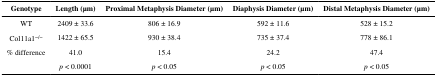
<table><thead><tr><td><b>Genotype</b></td><td><b>Length (μm)</b></td><td><b>Proximal Metaphysis Diameter (μm)</b></td><td><b>Diaphysis Diameter (μm)</b></td><td><b>Distal Metaphysis Diameter (μm)</b></td></tr></thead><tbody><tr><td>WT</td><td>2409 ± 33.6</td><td>806 ± 16.9</td><td>592 ± 11.6</td><td>528 ± 15.2</td></tr><tr><td>Col11a1<sup>−/−</sup></td><td>1422 ± 65.5</td><td>930 ± 38.4</td><td>735 ± 37.4</td><td>778 ± 86.1</td></tr><tr><td>% difference</td><td>41.0</td><td>15.4</td><td>24.2</td><td>47.4</td></tr><tr><td>[EMPTY_CELL]</td><td><i>p</i> &lt; 0.0001</td><td><i>p</i> &lt; 0.05</td><td><i>p</i> &lt; 0.05</td><td><i>p</i> &lt; 0.05</td></tr></tbody></table>